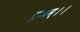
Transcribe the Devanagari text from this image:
द्रव्यम्।।